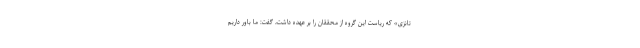
تانزی» که ریاست این گروه از محققان را بر عهده داشت، گفت: ما باور داریم